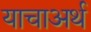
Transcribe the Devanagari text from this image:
याचाअर्थ